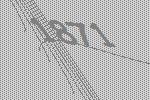
1871